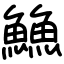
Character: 䲆